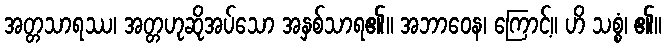
အတ္တသာရဿ၊ အတ္တဟုဆိုအပ်သော အနှစ်သာရ၏။ အဘာဝေန၊ ကြောင့်။ ဟိ သစ္စံ၊ ၏။